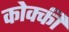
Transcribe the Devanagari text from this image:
कोक्की